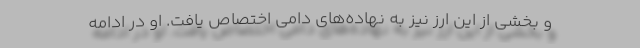
و بخشی از این ارز نیز به نهاده‌های دامی اختصاص یافت. او در ادامه